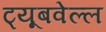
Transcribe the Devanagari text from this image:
ट्यूबवेल्ल